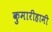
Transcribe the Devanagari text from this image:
कुमारीहामी